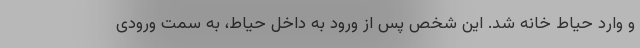
و وارد حیاط خانه شد. این شخص پس از ورود به داخل حیاط، به سمت ورودی